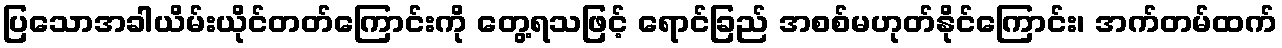
ပြသောအခါယိမ်းယိုင်တတ်ကြောင်းကို တွေ့ရသဖြင့် ရောင်ခြည် အစစ်မဟုတ်နိုင်ကြောင်း၊ အက်တမ်ထက်